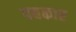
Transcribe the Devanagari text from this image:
पद्यकार